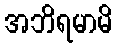
အဘိရမာမိ